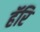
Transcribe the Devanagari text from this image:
हॅरि